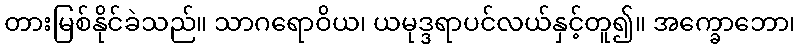
တားမြစ်နိုင်ခဲသည်။ သာဂရောဝိယ၊ ယမုဒ္ဒရာပင်လယ်နှင့်တူ၍။ အက္ခောဘော၊